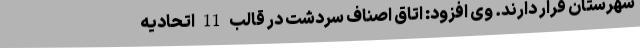
شهرستان قرار دارند. وی افزود: اتاق اصناف سردشت در قالب 11 اتحادیه